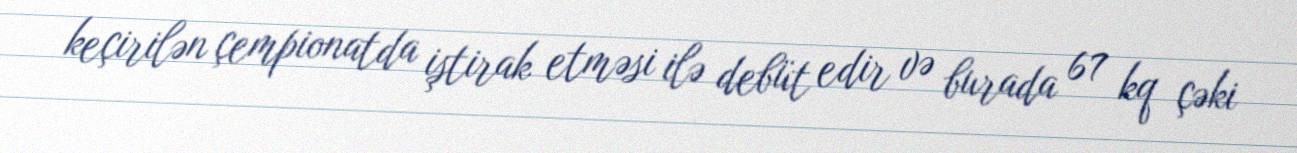
keçirilən çempionatda iştirak etməsi ilə debüt edir və burada 67 kq çəki